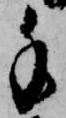
手